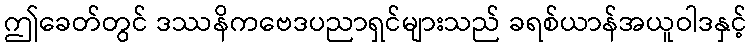
ဤခေတ်တွင် ဒဿနိကဗေဒပညာရှင်များသည် ခရစ်ယာန်အယူဝါဒနှင့်